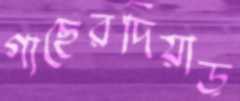
গাছেরদিয়াড়